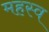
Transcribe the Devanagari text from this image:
महस्व